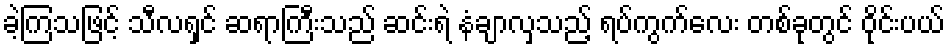
ခဲ့ကြသဖြင့် သီလရှင် ဆရာကြီးသည် ဆင်းရဲ နံချာလှသည့် ရပ်ကွက်လေး တစ်ခုတွင် ဝိုင်းပယ်